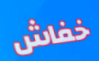
خفاش